Annual administration report of the Bombay Presidency - 1887-1892
Year: 1887
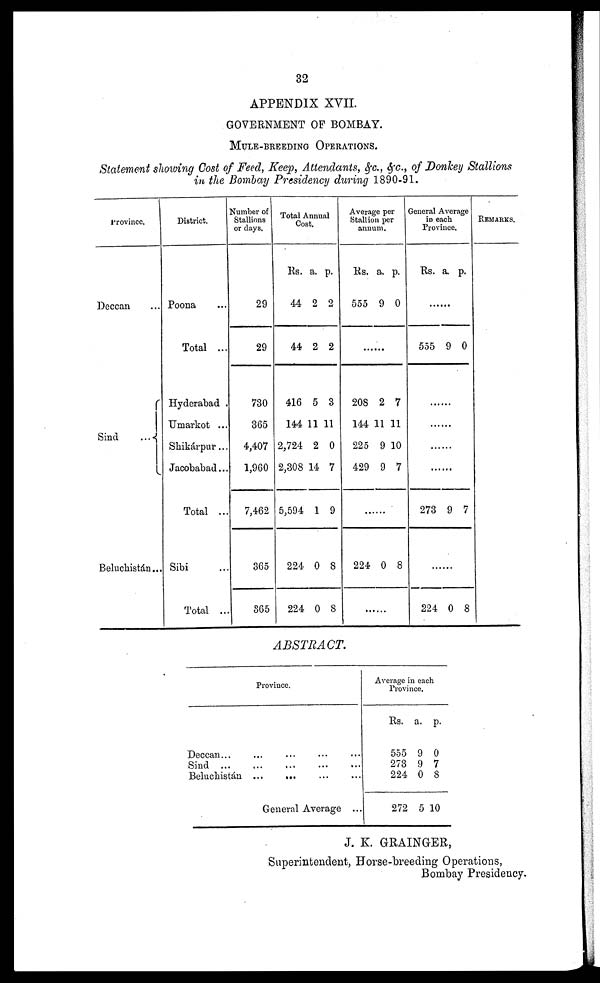
32
APPENDIX XVII.
GOVERNMENT OF BOMBAY.
MULE-BREEDING OPERATIONS.
Statement showing Cost of Feed, Keep, Attendants, &c., &c., of Donkey Stallions
in the Bombay Presidency during 1890-91.
Province.
Deccan ...
Sind
...
Beluchistán...
District.
Poona ...
Total ...
Hyderabad .
Umarkot ...
Shikárpur...
Jacobabad...
Total ...
Sibi
Total ...
Number of
Stallions
or days.
29
29
730
365
4,407
1,960
7,462
365
865
Total Annual
Cost.
Rs.
44
44
416
144
2,724
2,308
5,594
224
224
a.
2
2
5
11
2
14
1
0
0
p.
2
2
3
11
0
7
9
8
8
Average
Stallion per
annum.
Rs.
555
a.
9
p.
0
........
208
144
225
429
2
11
9
9
7
11
10
7
.......
224 0 8
.......
General Average
in each
Province.
Rs. a. p.
.......
555 9 0
........
........
........
.........
273 9 7
........
224 0 8
REMARKS.
ABSTRACT.
Province.
Deccan... ... ... ... ...
Sind ... ... ... ... ...
Beluchistán ...
... ... ...
General Average ...
Average in
Provin
each
ce.
Rs.
555
273
224
272
a.
9
9
0
5 1
p.
0
7
8
0
J. K. GRAINGER,
Superintendent, Horse-breeding Operations,
Bombay Presidency.